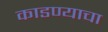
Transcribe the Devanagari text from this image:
काडण्याचा